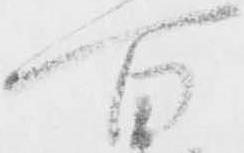
百